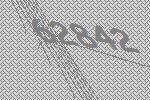
62842